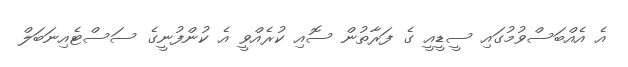
އެ އެއްބަސްވުމުގައި ސީޑީއީ ގެ ފަރާތުން ސޮއި ކުރެއްވީ އެ ކުންފުނީގެ ސަސްޓެއިނަބަލް